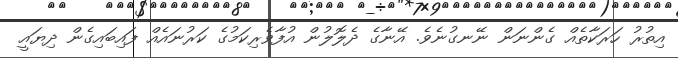
އިތުރު ހަރަކާތެއް ގެންނަން ނޭނގުނެވެ. އޭނާގެ ދެލޮލުން އުފާވެރިކަމުގެ ކަރުނައެއް ފައިބައިގެން ދިޔައީ